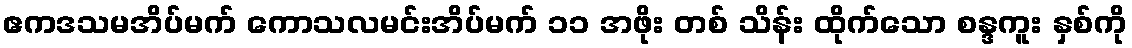
ဧကဒသမအိပ်မက် ကောသလမင်းအိပ်မက် ၁၁ အဖိုး တစ် သိန်း ထိုက်သော စန္ဒကူး နှစ်ကို